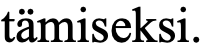
tämiseksi.